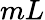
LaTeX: mL